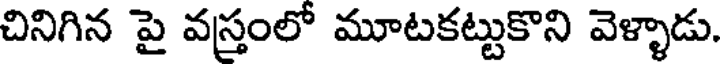
చినిగిన పై వస్త్రంలో మూటకట్టుకొని వెళ్ళాడు.